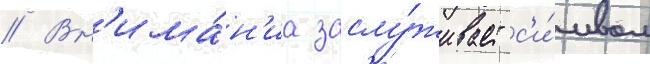
// Вн'има́н'иа заслу́живает с'и́мвол